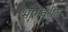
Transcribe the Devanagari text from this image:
भागेवरील